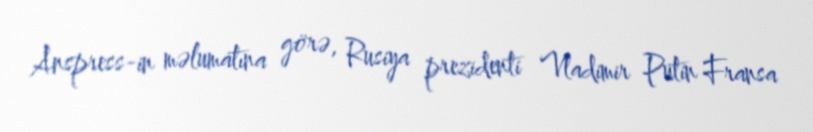
Anspress-in məlumatına görə, Rusiya prezidenti Vladimir Putin Fransa